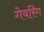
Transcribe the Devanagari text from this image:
गेयरिंग